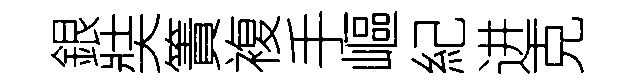
銀奘簀複手嶇紀进克